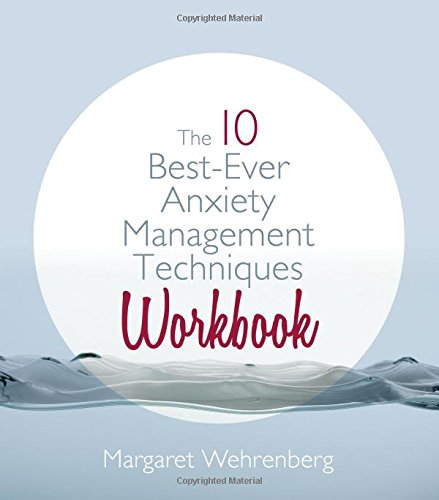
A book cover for The 10 Best-Ever Anxiety Management Techniques Workbook; Margaret Wehrenberg Psy.D.; Health, Fitness & Dieting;